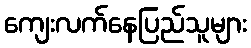
ကျေးလက်နေပြည်သူများ